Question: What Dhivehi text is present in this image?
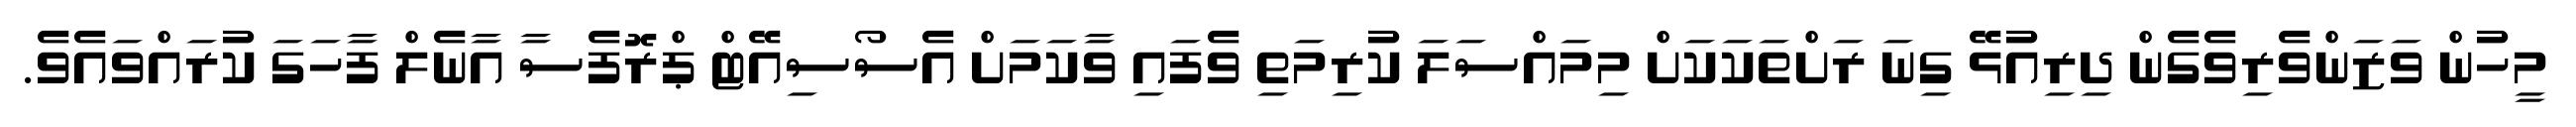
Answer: މީހުން ވަޒަންވެރިވެގެން ދިރިއުޅޭ ގިނަ ރަށްތަކަކަށް މިމައްސަލަ ކުރިމަތި ވެފައި ވާކަމަށް އެސޯސިއޭޓް ޕްރޮފެސާ އާނެލް ފާހަގަ ކުރައްވައެވެ.